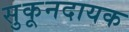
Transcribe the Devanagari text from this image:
सुकूनदायक